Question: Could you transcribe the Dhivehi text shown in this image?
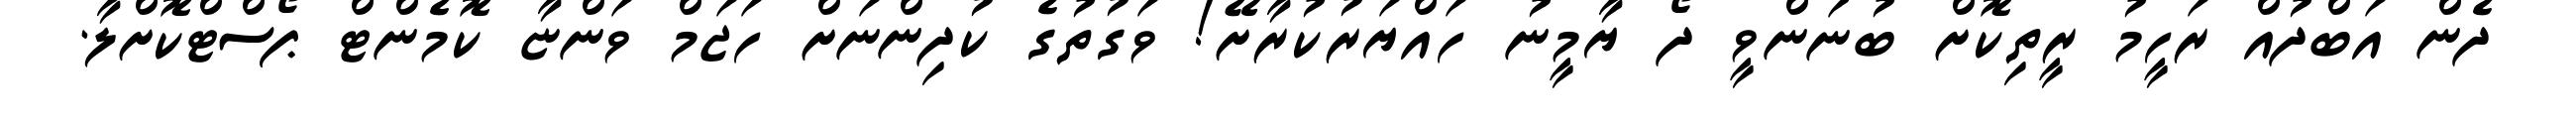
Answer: ދެން އަބްދުއް ރަހީމު ރީތިކޮށް ބުނަންވީ ދޯ ޔާމީނު ހައްޔަރުކުރާށޭ! ވަގުތުގެ ކުދިންނަށް ހަޖަމް ވަންޏާ ކޮމެންޓް ޕޯސްޓްކޮށްލާ.